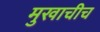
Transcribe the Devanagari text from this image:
मुखाचीच